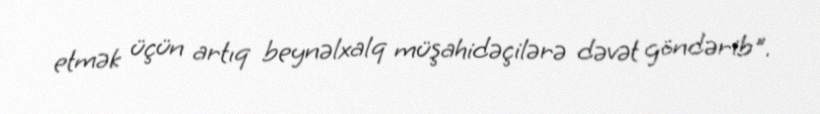
etmək üçün artıq beynəlxalq müşahidəçilərə dəvət göndərib".